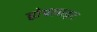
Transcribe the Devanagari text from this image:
होपलाइट